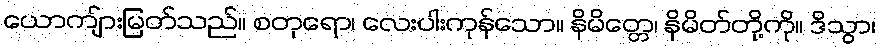
ယောကျ်ားမြတ်သည်။ စတုရော၊ လေးပါးကုန်သော။ နိမိတ္တေ၊ နိမိတ်တို့ကို။ ဒိသွာ၊